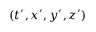
( t ^ { \prime } , x ^ { \prime } , y ^ { \prime } , z ^ { \prime } )